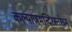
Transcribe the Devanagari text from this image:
कल्याणमन्दिरस्तोत्रम